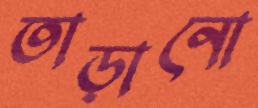
তাড়ানো